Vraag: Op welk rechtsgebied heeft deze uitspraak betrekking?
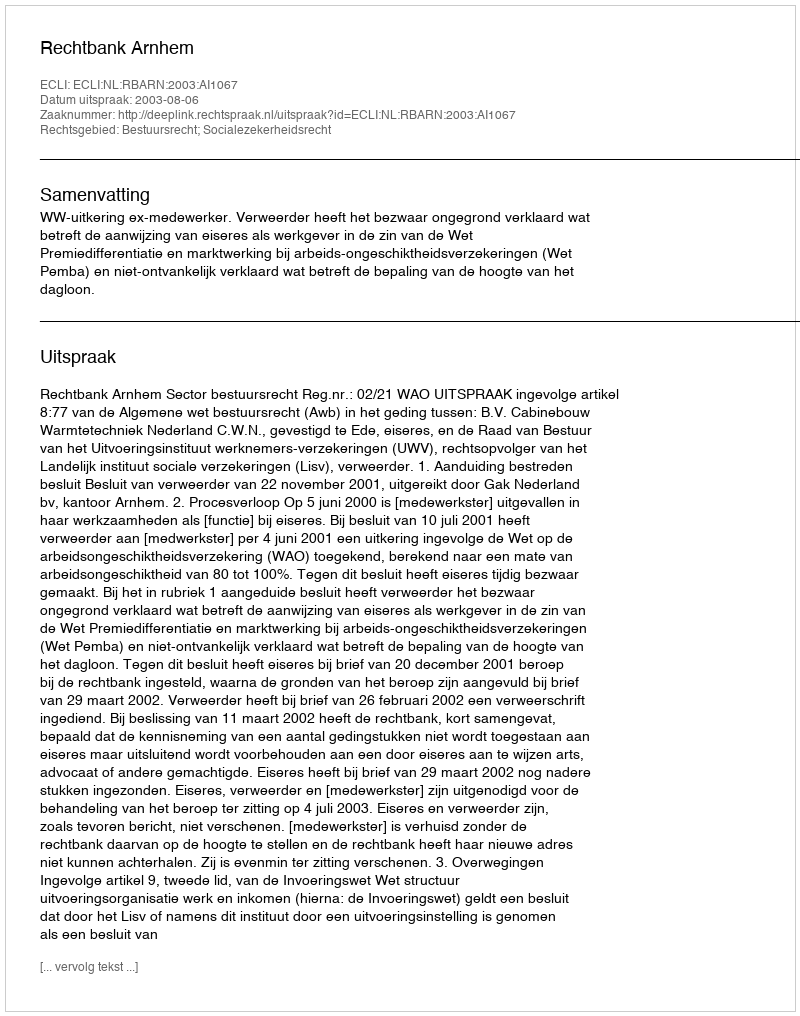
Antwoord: Bestuursrecht; Socialezekerheidsrecht